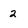
Character: 2